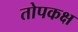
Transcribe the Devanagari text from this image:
तोपकक्ष